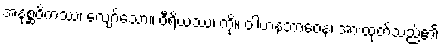
အနုစ္ဆဝိကဿ၊ လျော်သော။ ဝီရိယဿ၊ ကို။ ဝါဟနဘာဝေန၊ အားထုတ်သည်၏